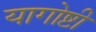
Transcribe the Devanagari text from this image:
यागोष्टी